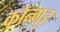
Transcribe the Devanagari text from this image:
कोन्गुर